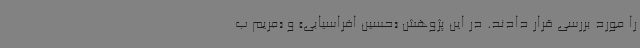
را مورد بررسی قرار دادند. در این پژوهش «حسین افراسیابی» و «مریم ب